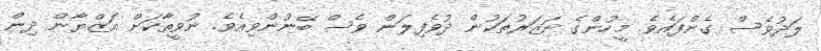
ލަދުވެސް ގެންފައެވެ. މީހުންގެ ނަޒަރުތަކުން ދުވެފިލަން ވެސް ބޭނުންވިއެވެ. ނުވީތާކަށް އަޒްޔާން ދިން